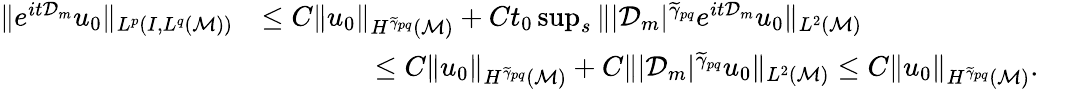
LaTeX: \begin{array}{rlr}{\| e^{it\mathcal{D}_{m}}u_{0}\| _{L^{p}(I,L^{q}(\mathcal{M}))}}&{\leq C\| u_{0}\| _{H^{\widetilde{\gamma}_{pq}}(\mathcal{M})}+Ct_{0}\operatorname*{sup}_{s}\| |\mathcal{D}_{m}|^{\widetilde{\gamma}_{pq}}e^{it\mathcal{D}_{m}}u_{0}\| _{L^{2}(\mathcal{M})}}&\\ &{\qquad\qquad\leq C\| u_{0}\| _{H^{\widetilde{\gamma}_{pq}}(\mathcal{M})}+C\| |\mathcal{D}_{m}|^{\widetilde{\gamma}_{pq}}u_{0}\| _{L^{2}(\mathcal{M})}\leq C\| u_{0}\| _{H^{\widetilde{\gamma}_{pq}}(\mathcal{M})}.}\end{array}